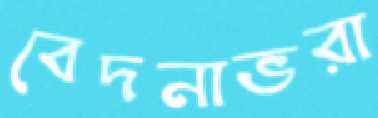
বেদনাভরা